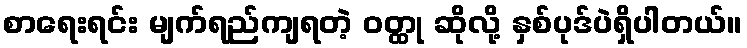
စာရေးရင်း မျက်ရည်ကျရတဲ့ ဝတ္ထု ဆိုလို့ နှစ်ပုဒ်ပဲရှိပါတယ်။